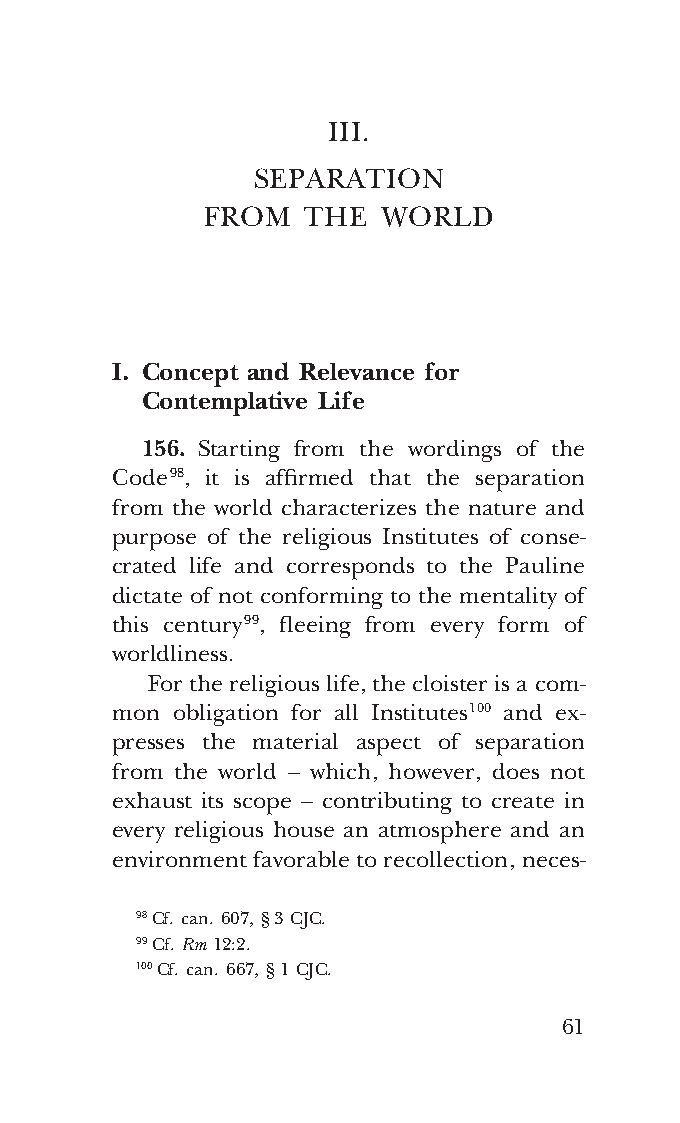
COR ORANS – NUOVO FORMATO – INGLESE 2ª BOZZA – 24 maggio 2018 – 11:12
 III.
 SEPARATION
 FROM  THE  WORLD
 I. Concept and Relevance for
 Contemplative Life
 156. Starting from the wordings of the
 Code 98, it is affirmed that the separation
 from the world characterizes the nature and
 purpose of the religious Institutes of conse-
 crated life and corresponds to the Pauline
 dictate of not conforming to the mentality of
 this century 99, fleeing from every form of
 worldliness.
 For the religious life, the cloister is a com-
 mon obligation for all Institutes 100 and ex-
 presses the material aspect of separation
 from the world – which, however, does not
 exhaust its scope – contributing to create in
 every religious house an atmosphere and an
 environment favorable to recollection, neces-
 98 Cf. can. 607, § 3 CJC.
 99 Cf. Rm 12:2.
 100 Cf. can. 667, § 1 CJC.
 61